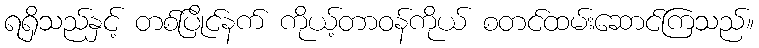
ရရှိသည်နှင့် တစ်ပြိုင်နက် ကိုယ့်တာဝန်ကိုယ် စတင်ထမ်းဆောင်ကြသည်။